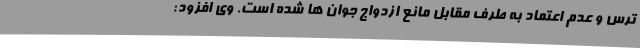
ترس و عدم اعتماد به طرف مقابل مانع ازدواج جوان ها شده است. وی افزود: